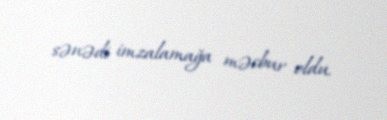
sənədi imzalamağa məcbur oldu.